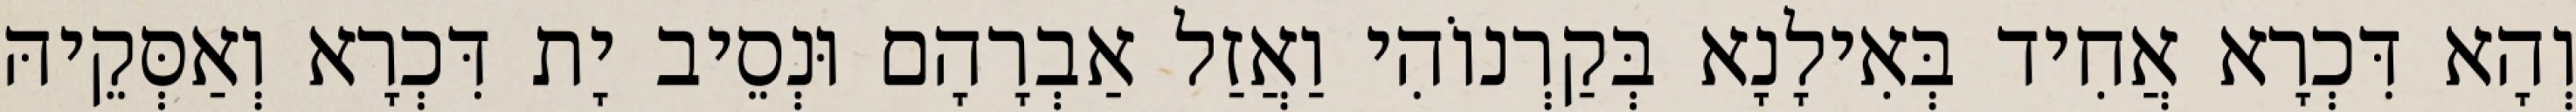
וְהָא דִּכְרָא אֲחִיד בְּאִילָנָא בְּקַרְנוֹהִי וַאֲזַל אַבְרָהָם וּנְסֵיב יָת דִּכְרָא וְאַסְּקֵיהּ